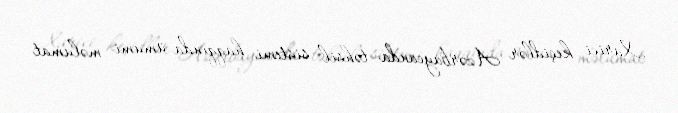
Xarici keçidlər Azərbaycanda təhsil sistemi haqqında ümumi məlumat